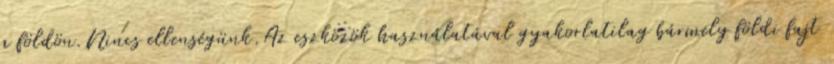
a földön.Nincs ellenségünk.Az eszközök használatával gyakorlatilag bármely földi fajt